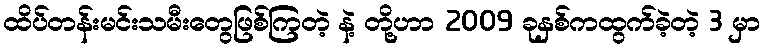
ထိပ်တန်းမင်းသမီးတွေဖြစ်ကြတဲ့ နဲ့ တို့ဟာ 2009 ခုနှစ်ကထွက်ခဲ့တဲ့ 3 မှာ